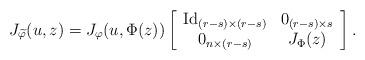
LaTeX: \begin{align*}J_{\widetilde{\varphi}}(u,z)= J_{\varphi}(u,\Phi(z)) \left[ \begin{array}{cc}{\rm Id}_{(r-s)\times (r-s)} & 0_{(r-s)\times s}\\ 0_{n\times (r-s)} & J_{\Phi}(z)\end{array}\right] .\end{align*}